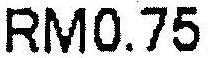
RM0.75